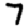
Digit: 7